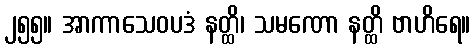
၂၅၅။ အာကာသေဝပဒံ နတ္ထိ၊ သမဏော နတ္ထိ ဗာဟိရေ။